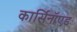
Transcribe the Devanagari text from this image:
कार्सिनॉएड